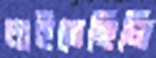
চাইতেছিলি